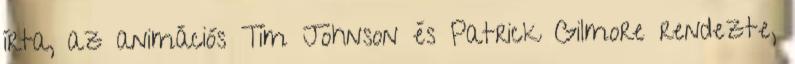
írta, az animációs Tim Johnson és Patrick Gilmore rendezte,